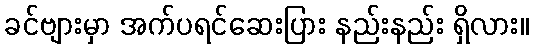
ခင်ဗျားမှာ အက်ပရင်ဆေးပြား နည်းနည်း ရှိလား။